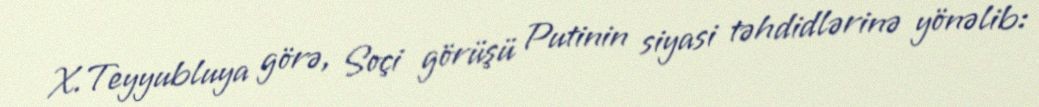
X.Teyyubluya görə, Soçi görüşü Putinin siyasi təhdidlərinə yönəlib: